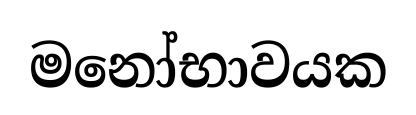
මනෝභාවයක